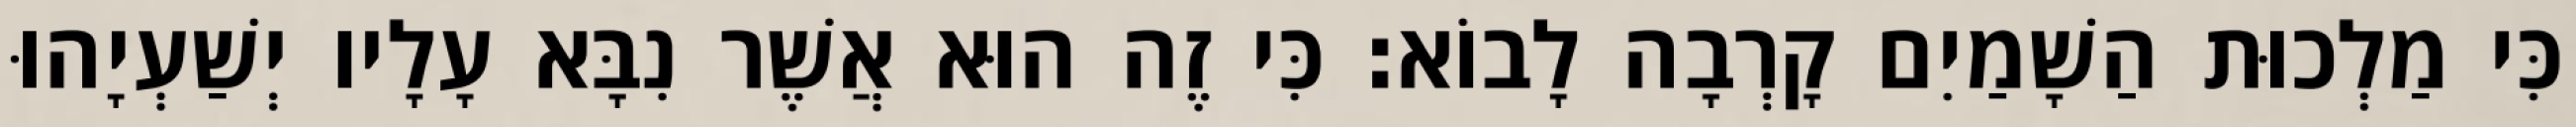
כִּי מַלְכוּת הַשָׁמַיִם קָרְבָה לָבוֹא׃ כִּי זֶה הוּא אֲשֶׁר נִבָּא עָלָיו יְשַׁעְיָהוּ